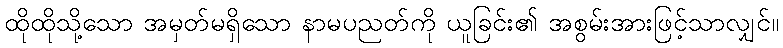
ထိုထိုသို့သော အမှတ်မရှိသော နာမပညတ်ကို ယူခြင်း၏ အစွမ်းအားဖြင့်သာလျှင်။